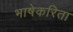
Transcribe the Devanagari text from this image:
भाषेकरिता